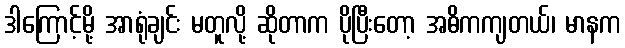
ဒါကြောင့်မို့ အာရုံချင်း မတူလို့ ဆိုတာက ပိုပြီးတော့ အဓိကကျတယ်၊ မာနက